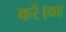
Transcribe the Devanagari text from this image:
करें।यह